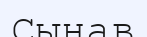
Сынав